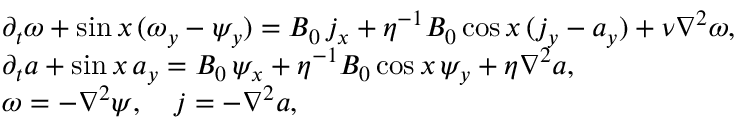
\begin{array} { r l } & { \partial _ { t } \omega + \sin x \, ( \omega _ { y } - \psi _ { y } ) = B _ { 0 } \, j _ { x } + \eta ^ { - 1 } B _ { 0 } \cos x \, ( j _ { y } - a _ { y } ) + \nu \nabla ^ { 2 } \omega , } \\ & { \partial _ { t } a + \sin x \, a _ { y } = B _ { 0 } \, \psi _ { x } + \eta ^ { - 1 } B _ { 0 } \cos x \, \psi _ { y } + \eta \nabla ^ { 2 } a , } \\ & { \omega = - \nabla ^ { 2 } \psi , \quad j = - \nabla ^ { 2 } a , } \end{array}